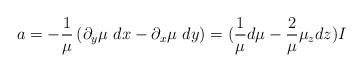
LaTeX: \begin{align*}a=-\frac{1}{\mu}\left(\partial_y\mu\ dx-\partial_x\mu\ dy\right)=(\frac{1}{\mu}d\mu-\frac{2}{\mu}\mu_zdz)I\end{align*}